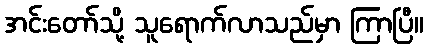
အင်းတော်သို့ သူရောက်လာသည်မှာ ကြာပြီ။